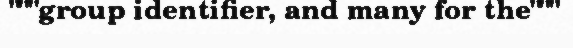
"""group identifier, and many for the"""